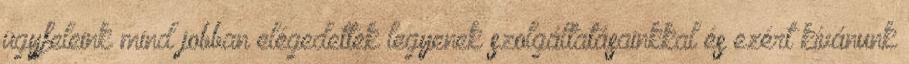
ügyfeleink mind jobban elégedettek legyenek szolgáltatásainkkal és ezért kívánunk